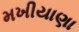
મખીયાણા